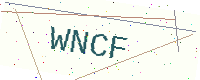
Text: WNCF